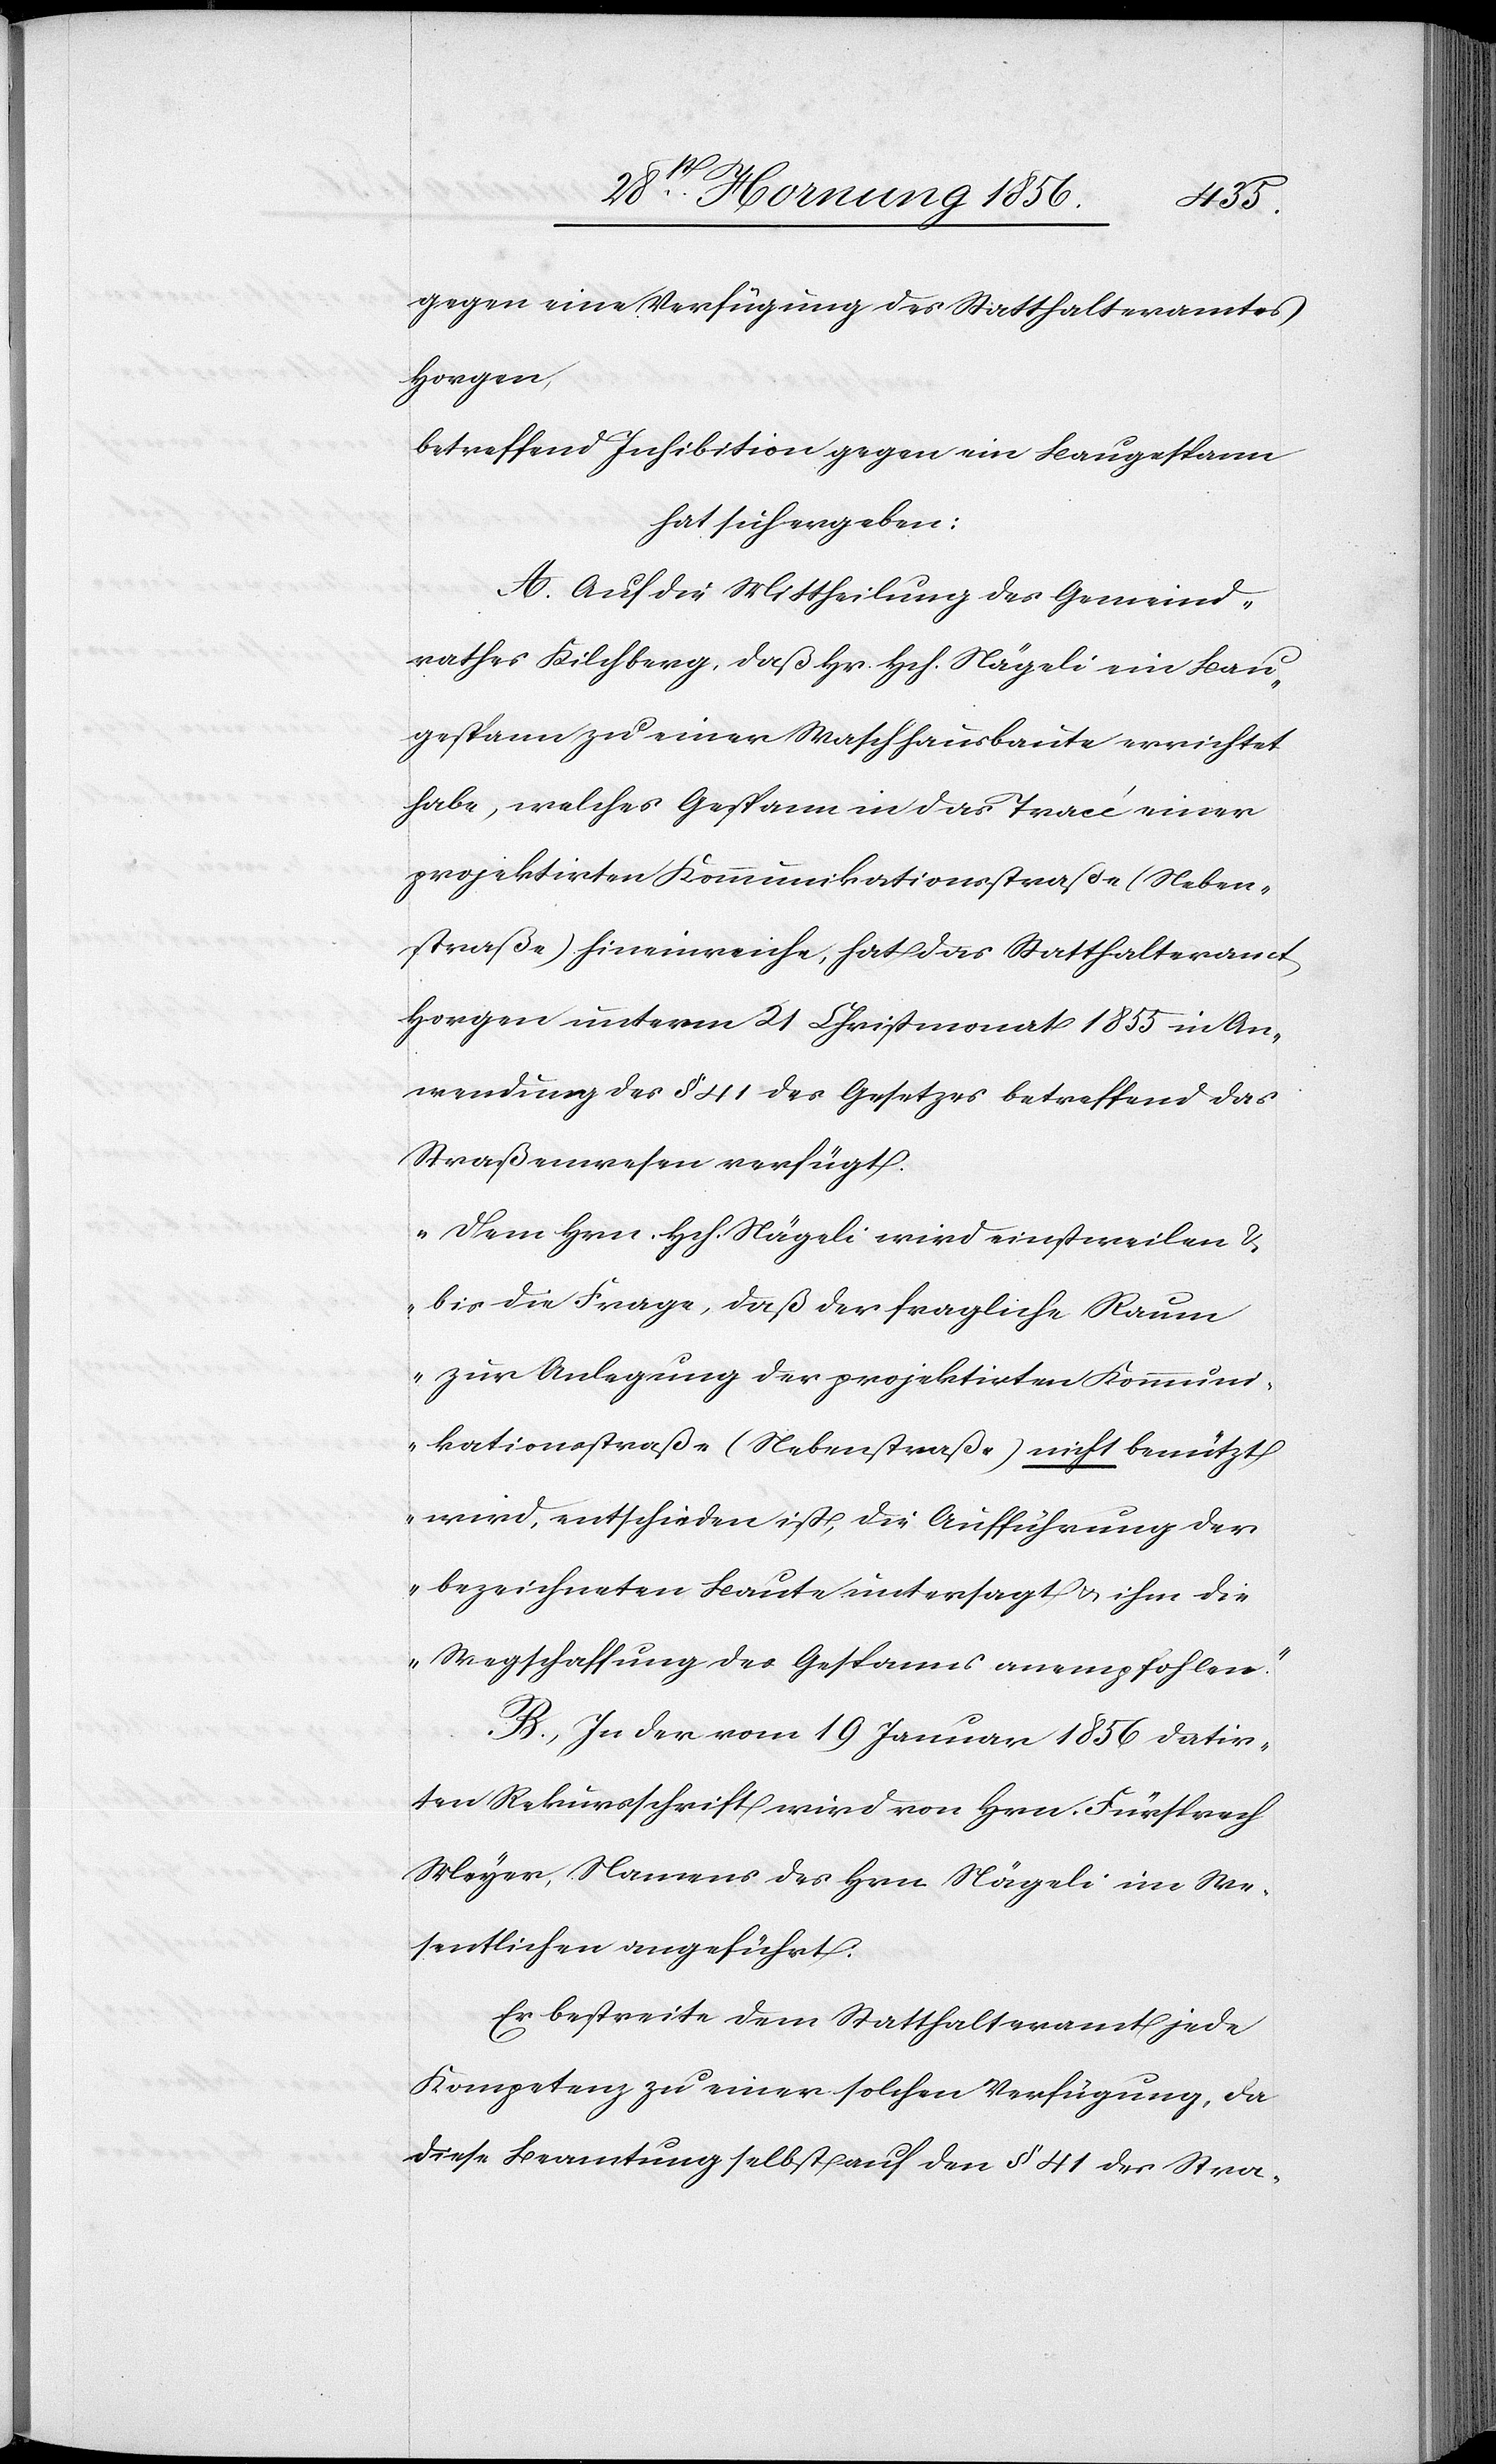
gegen eine Verfügung des Statthalteramtes
Horgen
betreffend Inhibition gegen ein Baugespann
hat sich ergeben:
A. Auf die Mittheilung des Gemeind¬
rath Kilchberg, daß Hr. Hch. Nägeli ein Bau¬
gespann zu einer Waschhausbaute errichtet
habe, welches Gespann in das Tracé einer
projektirten Kommunikationsstraße (Neben¬
straße) hineinreiche, hat das Statthalteramt
Horgen unterm 21 Christmonat 1855 in An¬
wendung des § 41 des Gesetzes betreffend das
Straßenwesen verfügt.
„Dem Hrn. Hch. Nägeli wird einstweilen &
bis die Frage, daß der fragliche Raum
zur Anlegung der projektirten Kommuni¬
kationsstraße (Nebenstraße) nicht benützt
wird, entschieden ist, die Aufführung der
bezeichneten Baute untersagt u. ihm die
Wegschaffung des Gespanns anempfohlen.“
B., In der vom 19 Januar 1856 datir¬
ten Rekursschrift wird von Hrn. Fürsprech
Meyer, Namens des Hrn. Nägeli im We¬
sentlichen angeführt:
Er bestreite dem Statthalteramt jede
Kompetenz zu einer solchen Verfügung, da
diese Beamtung selbst auf den § 41 des Stra-